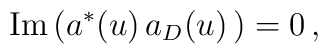
{\rm Im} \left( a^*(u)\, a_D(u)\,\right)=0\,,